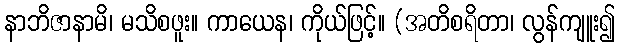
နာဘိဇာနာမိ၊ မသိစဖူး။ ကာယေန၊ ကိုယ်ဖြင့်။ (အတိစရိတာ၊ လွန်ကျူး၍